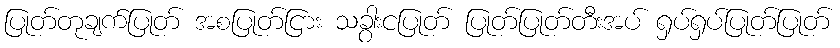
ပြုတ်တုချက်ပြုတ် အစပြုတ်ငြား သခွါးငပြုတ် ပြုတ်ပြုတ်တီးအပ် ရှပ်ရှပ်ပြုတ်ပြုတ်